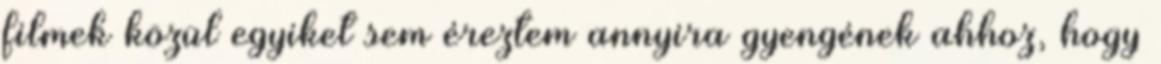
filmek közül egyiket sem éreztem annyira gyengének ahhoz, hogy